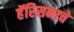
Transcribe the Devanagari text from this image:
हॅरिसनाचे